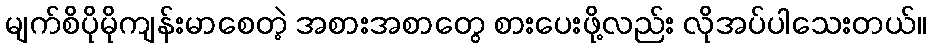
မျက်စိပိုမိုကျန်းမာစေတဲ့ အစားအစာတွေ စားပေးဖို့လည်း လိုအပ်ပါသေးတယ်။